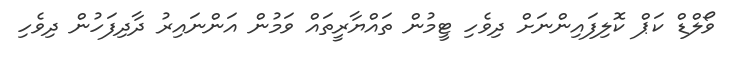
ވޯލްޑް ކަޕް ކޮލިފައިންނަށް ދިވެހި ޓީމުން ތައްޔާރީތައް ވަމުން އަންނައިރު ދާދިފަހުން ދިވެހި